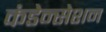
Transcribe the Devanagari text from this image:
कंडेन्सेशन